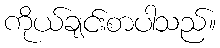
ကိုယ်ချင်းစာပါသည်။